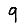
Digit: 9